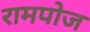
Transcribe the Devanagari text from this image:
रामपोज